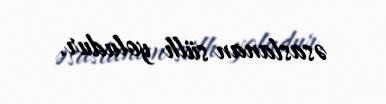
əsaslanan sülh yoludur.